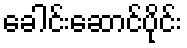
ခေါင်းဆောင်ပိုင်း